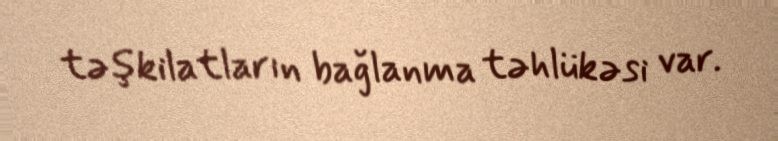
təşkilatların bağlanma təhlükəsi var.